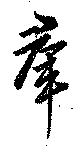
群